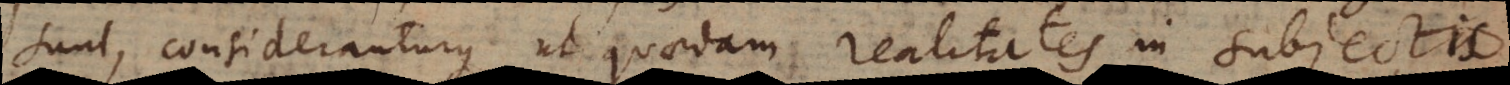
sunt, consideranturque ut quaedam realitates in subjectis